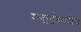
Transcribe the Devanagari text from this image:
ग्लाईबरमैन